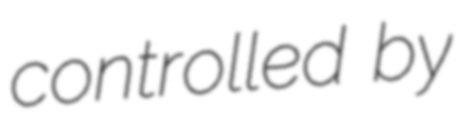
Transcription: controlled by